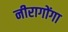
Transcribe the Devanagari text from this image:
नीरागोंगा